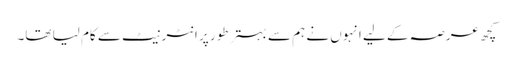
کچھ عرصہ کے لیے انہوں نے ہم سے بہتر طور پر انٹرنیٹ سے کام لیا تھا۔